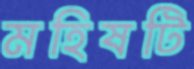
মহিষটি